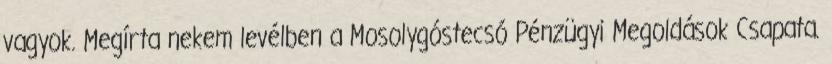
vagyok. Megírta nekem levélben a Mosolygóstecsó Pénzügyi Megoldások Csapata.